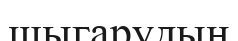
шыгарудың